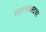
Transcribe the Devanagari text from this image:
स्टारडस्टवर